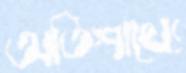
অতিশায্যে